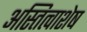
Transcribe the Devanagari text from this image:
अस्तित्वाशेष